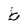
Character: b